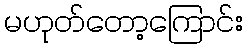
မဟုတ်တော့ကြောင်း